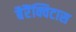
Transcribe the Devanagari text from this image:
बैरैंक्विटास